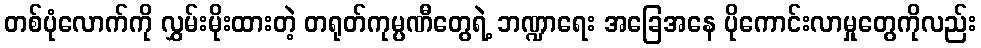
တစ်ပုံလောက်ကို လွှမ်းမိုးထားတဲ့ တရုတ်ကုမ္ပဏီတွေရဲ့ ဘဏ္ဍာရေး အခြေအနေ ပိုကောင်းလာမှုတွေကိုလည်း